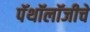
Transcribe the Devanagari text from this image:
पॅथॉलॉजीचे